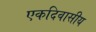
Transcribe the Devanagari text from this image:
एकदिवासीय